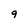
Character: 9